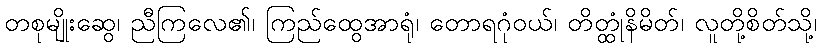
တစုမျိုးဆွေ၊ ညီကြလေ၏၊ ကြည်ထွေအာရုံ၊ တောရဂုံဝယ်၊ တိတ္ထုံနိမိတ်၊ လူတို့စိတ်သို့၊